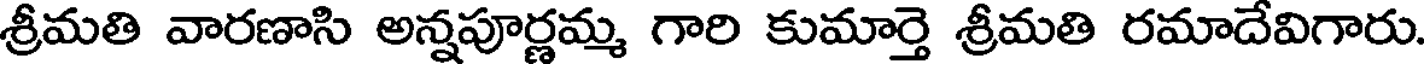
శ్రీమతి వారణాసి అన్నపూర్ణమ్మ గారి కుమార్తె శ్రీమతి రమాదేవిగారు